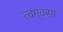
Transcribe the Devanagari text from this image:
त्वग्‌वसा